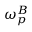
\omega _ { p } ^ { B }